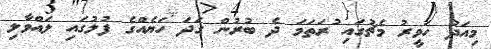
މިއަދު ހަވީރު މެޗުގައި ުރަތަމަ ދެ ބުރުން ގަދަ ހަޔެއްގެ ފުލުގައި ލައްވާލި